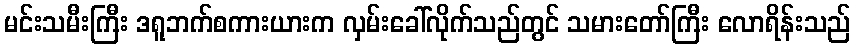
မင်းသမီးကြီး ဒရူဘက်စကားယားက လှမ်းခေါ်လိုက်သည်တွင် သမားတော်ကြီး လောရိန်းသည်